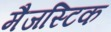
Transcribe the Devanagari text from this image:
मैजस्टिक